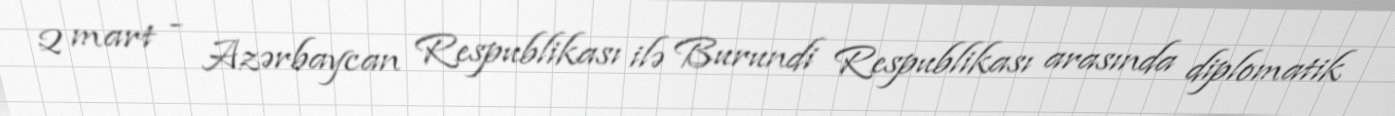
2 mart - Azərbaycan Respublikası ilə Burundi Respublikası arasında diplomatik